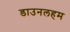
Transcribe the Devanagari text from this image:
डाउनलहम